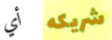
أي شريكه